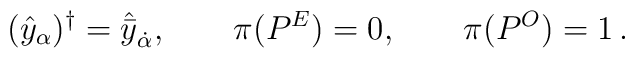
(\hat{y}_\alpha )^\dagger =\hat{\bar{y}}_{\dot{\alpha}},\qquad \pi (P^E)=0,\qquad \pi (P^O )=1\,.